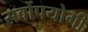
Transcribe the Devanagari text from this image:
सर्वोपयोगी